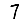
Digit: 7